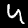
Digit: 4